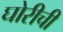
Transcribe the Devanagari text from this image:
घोरीची